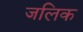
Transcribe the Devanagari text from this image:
जलिक